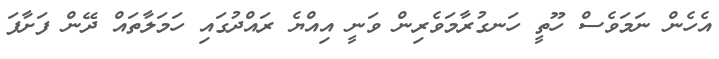
އެހެން ނަމަވެސް ހޫތީ ހަނގުރާމަވެރިން ވަނީ އިއްޔެ ރައްދުގައި ހަމަލާތައް ދޭން ފަށާފަ